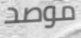
موصد